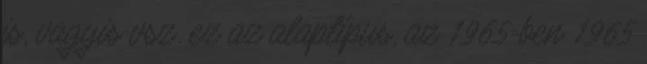
is, vagyis vsz. ez az alaptípus, az 1965-ben 1965